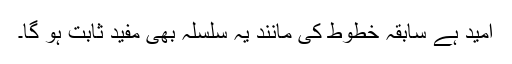
اُمید ہے سابقہ خطوط کی مانند یہ سلسلہ بھی مفید ثابت ہو گا۔